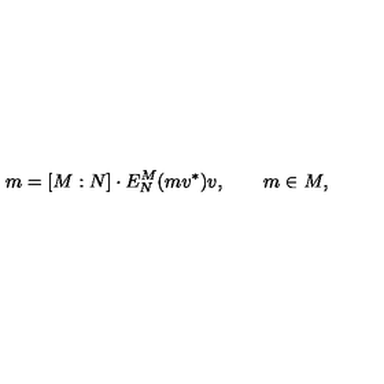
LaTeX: m = [ M : N ] \cdot E _ { N } ^ { M } ( m v ^ { * } ) v , \qquad m \in M ,